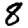
Digit: 8